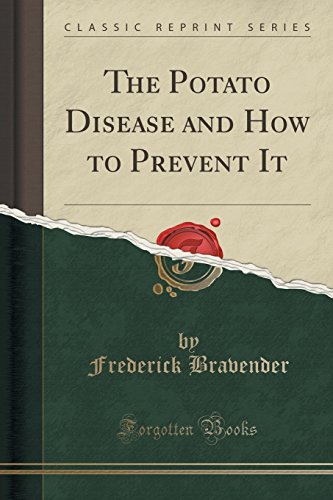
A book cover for The Potato Disease and How to Prevent It (Classic Reprint); Frederick Bravender; Cookbooks, Food & Wine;